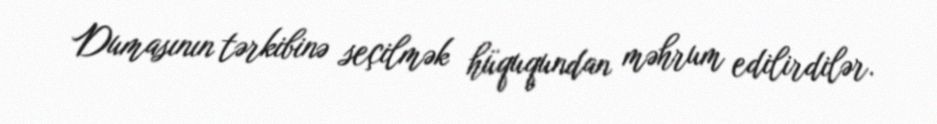
Dumasının tərkibinə seçilmək hüququndan məhrum edilirdilər.